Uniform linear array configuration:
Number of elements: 16
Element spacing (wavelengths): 0.25
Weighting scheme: hamming
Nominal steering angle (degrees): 0
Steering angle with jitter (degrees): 0.8191
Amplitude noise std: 0.05
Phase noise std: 0.05

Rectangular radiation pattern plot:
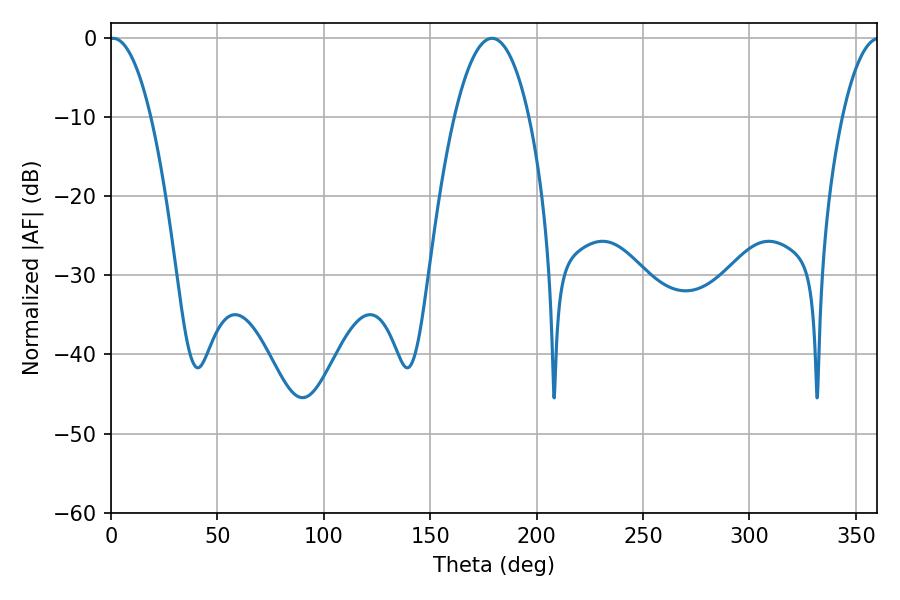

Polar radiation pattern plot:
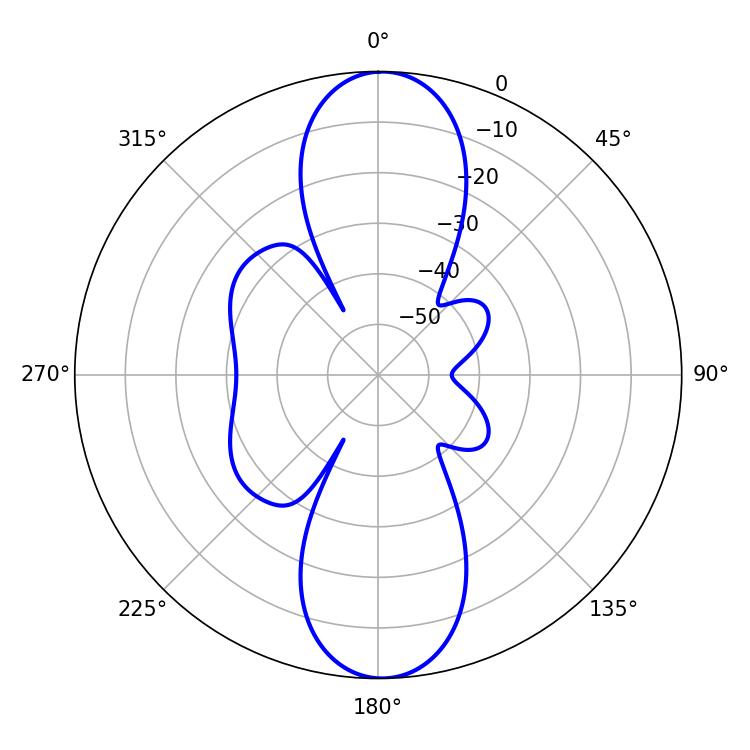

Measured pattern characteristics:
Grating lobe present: FALSE
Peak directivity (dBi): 22.418
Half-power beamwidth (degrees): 10.8
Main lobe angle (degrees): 0.9